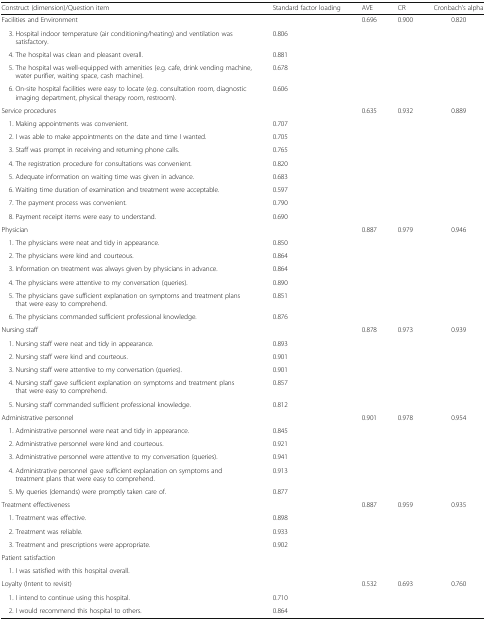
<table><thead><tr><td><b>Construct (dimension)/Question item</b></td><td><b>Standard factor loading</b></td><td><b>AVE</b></td><td><b>CR</b></td><td><b>Cronbach’s alpha</b></td></tr></thead><tbody><tr><td>Facilities and Environment</td><td></td><td>0.696</td><td>0.900</td><td>0.820</td></tr><tr><td> 3. Hospital indoor temperature (air conditioning/heating) and ventilation was satisfactory.</td><td>0.806</td><td></td><td></td><td></td></tr><tr><td> 4. The hospital was clean and pleasant overall.</td><td>0.881</td><td></td><td></td><td></td></tr><tr><td> 5. The hospital was well-equipped with amenities (e.g. cafe, drink vending machine, water purifier, waiting space, cash machine).</td><td>0.678</td><td></td><td></td><td></td></tr><tr><td> 6. On-site hospital facilities were easy to locate (e.g. consultation room, diagnostic imaging department, physical therapy room, restroom).</td><td>0.606</td><td></td><td></td><td></td></tr><tr><td>Service procedures</td><td></td><td>0.635</td><td>0.932</td><td>0.889</td></tr><tr><td> 1. Making appointments was convenient.</td><td>0.707</td><td></td><td></td><td></td></tr><tr><td> 2. I was able to make appointments on the date and time I wanted.</td><td>0.705</td><td></td><td></td><td></td></tr><tr><td> 3. Staff was prompt in receiving and returning phone calls.</td><td>0.765</td><td></td><td></td><td></td></tr><tr><td> 4. The registration procedure for consultations was convenient.</td><td>0.820</td><td></td><td></td><td></td></tr><tr><td> 5. Adequate information on waiting time was given in advance.</td><td>0.683</td><td></td><td></td><td></td></tr><tr><td> 6. Waiting time duration of examination and treatment were acceptable.</td><td>0.597</td><td></td><td></td><td></td></tr><tr><td> 7. The payment process was convenient.</td><td>0.790</td><td></td><td></td><td></td></tr><tr><td> 8. Payment receipt items were easy to understand.</td><td>0.690</td><td></td><td></td><td></td></tr><tr><td>Physician</td><td></td><td>0.887</td><td>0.979</td><td>0.946</td></tr><tr><td> 1. The physicians were neat and tidy in appearance.</td><td>0.850</td><td></td><td></td><td></td></tr><tr><td> 2. The physicians were kind and courteous.</td><td>0.864</td><td></td><td></td><td></td></tr><tr><td> 3. Information on treatment was always given by physicians in advance.</td><td>0.864</td><td></td><td></td><td></td></tr><tr><td> 4. The physicians were attentive to my conversation (queries).</td><td>0.890</td><td></td><td></td><td></td></tr><tr><td> 5. The physicians gave sufficient explanation on symptoms and treatment plans that were easy to comprehend.</td><td>0.851</td><td></td><td></td><td></td></tr><tr><td> 6. The physicians commanded sufficient professional knowledge.</td><td>0.876</td><td></td><td></td><td></td></tr><tr><td>Nursing staff</td><td></td><td>0.878</td><td>0.973</td><td>0.939</td></tr><tr><td> 1. Nursing staff were neat and tidy in appearance.</td><td>0.893</td><td></td><td></td><td></td></tr><tr><td> 2. Nursing staff were kind and courteous.</td><td>0.901</td><td></td><td></td><td></td></tr><tr><td> 3. Nursing staff were attentive to my conversation (queries).</td><td>0.901</td><td></td><td></td><td></td></tr><tr><td> 4. Nursing staff gave sufficient explanation on symptoms and treatment plans that were easy to comprehend.</td><td>0.857</td><td></td><td></td><td></td></tr><tr><td> 5. Nursing staff commanded sufficient professional knowledge.</td><td>0.812</td><td></td><td></td><td></td></tr><tr><td>Administrative personnel</td><td></td><td>0.901</td><td>0.978</td><td>0.954</td></tr><tr><td> 1. Administrative personnel were neat and tidy in appearance.</td><td>0.845</td><td></td><td></td><td></td></tr><tr><td> 2. Administrative personnel were kind and courteous.</td><td>0.921</td><td></td><td></td><td></td></tr><tr><td> 3. Administrative personnel were attentive to my conversation (queries).</td><td>0.941</td><td></td><td></td><td></td></tr><tr><td> 4. Administrative personnel gave sufficient explanation on symptoms and treatment plans that were easy to comprehend.</td><td>0.913</td><td></td><td></td><td></td></tr><tr><td> 5. My queries (demands) were promptly taken care of.</td><td>0.877</td><td></td><td></td><td></td></tr><tr><td>Treatment effectiveness</td><td></td><td>0.887</td><td>0.959</td><td>0.935</td></tr><tr><td> 1. Treatment was effective.</td><td>0.898</td><td></td><td></td><td></td></tr><tr><td> 2. Treatment was reliable.</td><td>0.933</td><td></td><td></td><td></td></tr><tr><td> 3. Treatment and prescriptions were appropriate.</td><td>0.902</td><td></td><td></td><td></td></tr><tr><td>Patient satisfaction</td><td></td><td></td><td></td><td></td></tr><tr><td> 1. I was satisfied with this hospital overall.</td><td></td><td></td><td></td><td></td></tr><tr><td>Loyalty (Intent to revisit)</td><td></td><td>0.532</td><td>0.693</td><td>0.760</td></tr><tr><td> 1. I intend to continue using this hospital.</td><td>0.710</td><td></td><td></td><td></td></tr><tr><td> 2. I would recommend this hospital to others.</td><td>0.864</td><td></td><td></td><td></td></tr></tbody></table>